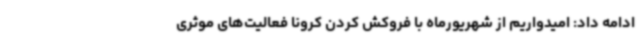
ادامه داد: امیدواریم از شهریورماه با فروکش کردن کرونا فعالیت‌های موثری